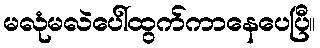
မလုံမလဲပေါ်ထွက်ကာနေပေပြီ။